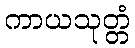
ကာယသုတ္တံ